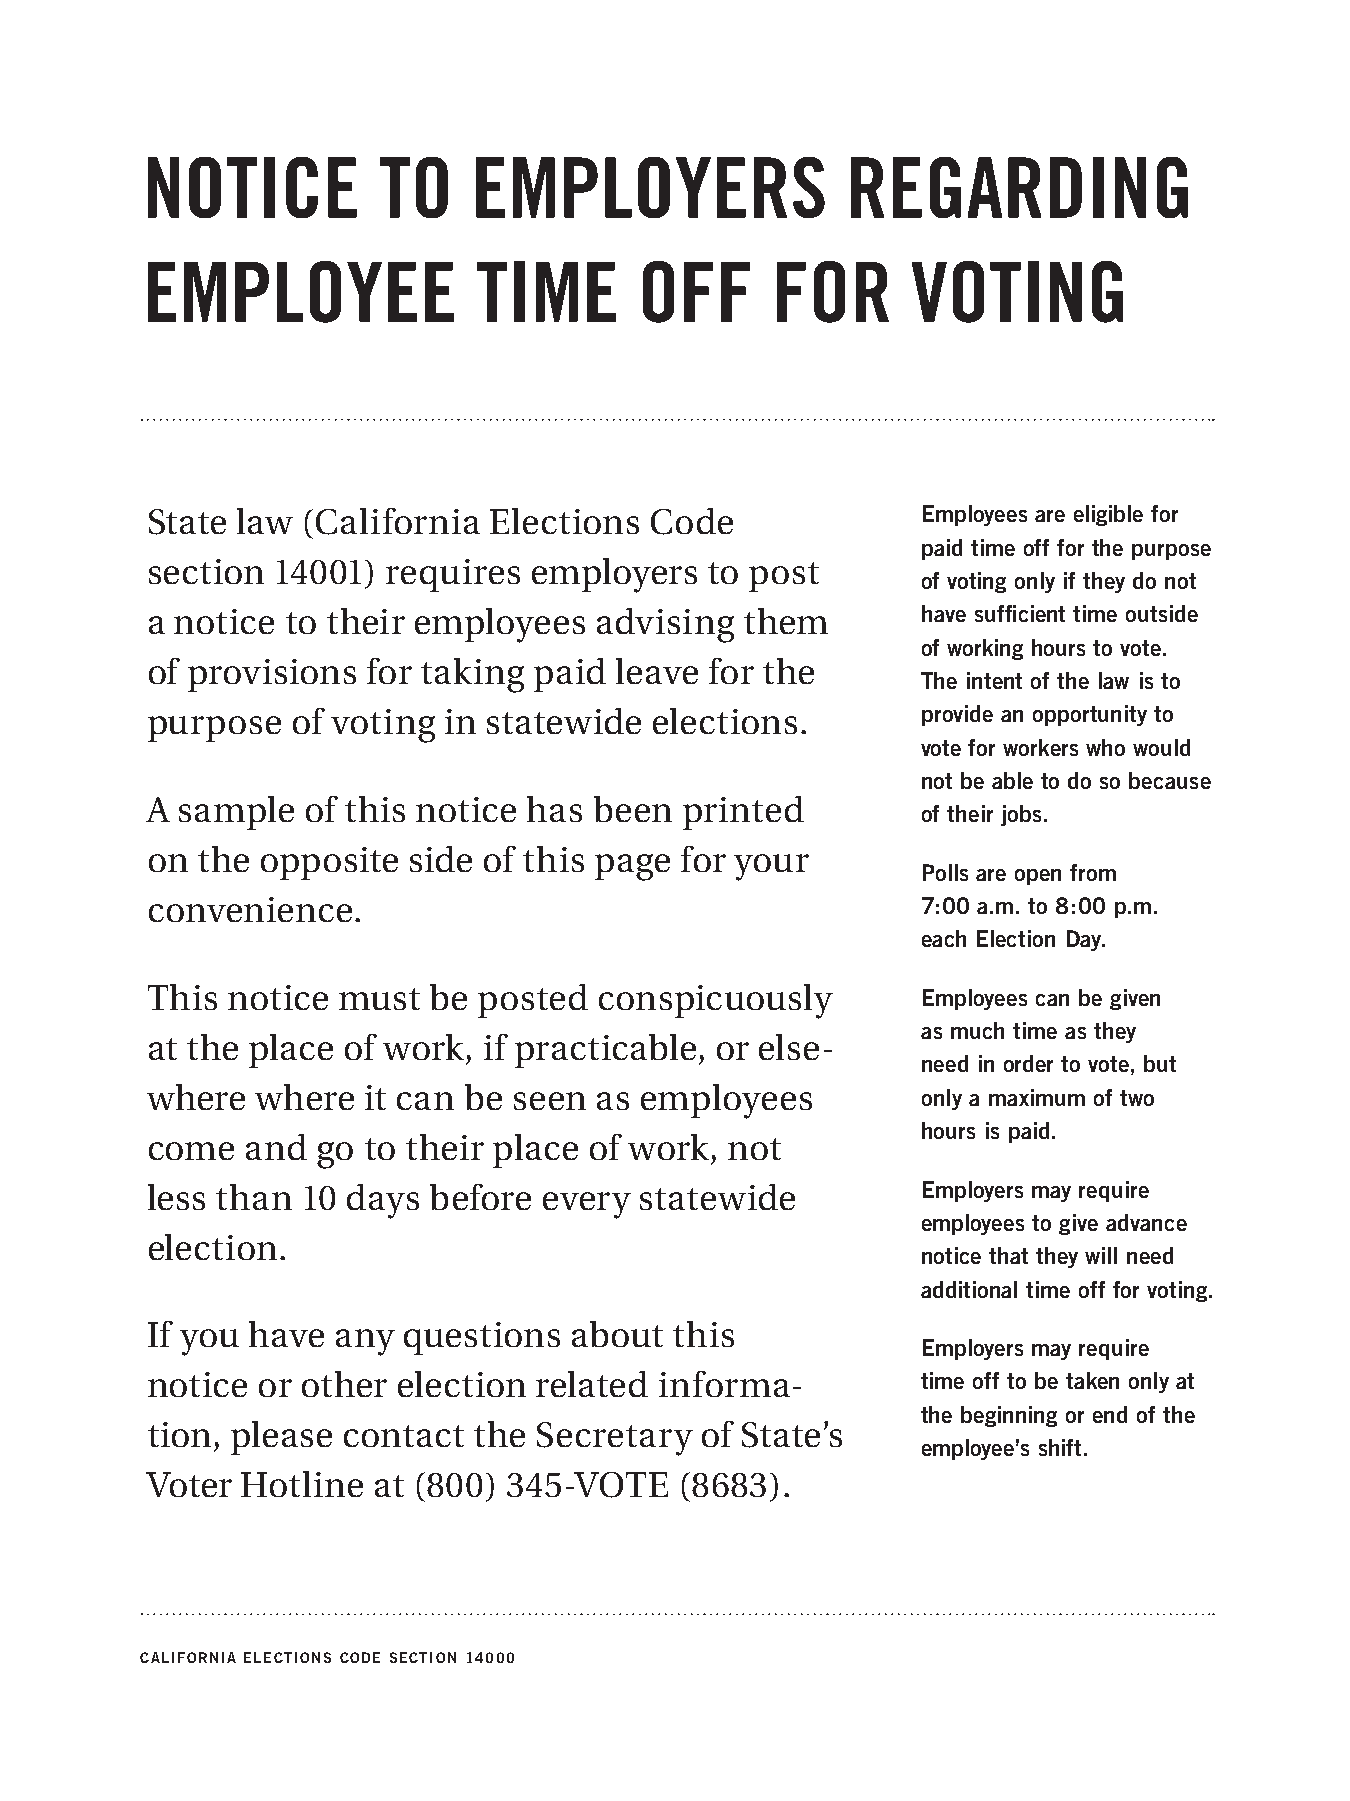
NOTICE          TO    EMPLOYERS                REGARDING
 EMPLOYEE              TIME       OFF      FOR      VOTING
 State law (California Elections  Code              Employees are eligible for
 paid time off for the purpose
 section 14001)  requires employers   to post
 of voting only if they do not
 a notice to their employees  advising  them        have sufficient time outside
 of working hours to vote.
 of provisions for taking paid  leave for the
 The intent of the law is to
 purpose  of voting in statewide  elections.        provide an opportunity to
 vote for workers who would
 not be able to do so because
 A sample  of this notice has been  printed
 of their jobs.
 on the opposite  side of this page for your
 Polls are open from
 convenience.                                       7:00 a.m. to 8:00 p.m.
 each Election Day.
 This notice must  be  posted  conspicuously        Employees can be given
 as much time as they
 at the place of work, if practicable, or else-
 need in order to vote, but
 where  where  it can be seen as employees          only a maximum of two
 hours is paid.
 come  and  go to their place of work, not
 less than 10 days before  every statewide          Employers may require
 employees to give advance
 election.
 notice that they will need
 additional time off for voting.
 If you have any  questions  about  this
 Employers may require
 notice or other election related  informa-         time off to be taken only at
 the beginning or end of the
 tion, please contact the Secretary  of State’s
 employee’s shift.
 Voter Hotline  at (800) 345-VOTE   (8683).
 CALIFORNIA ELECTIONS CODE SECTION 14000